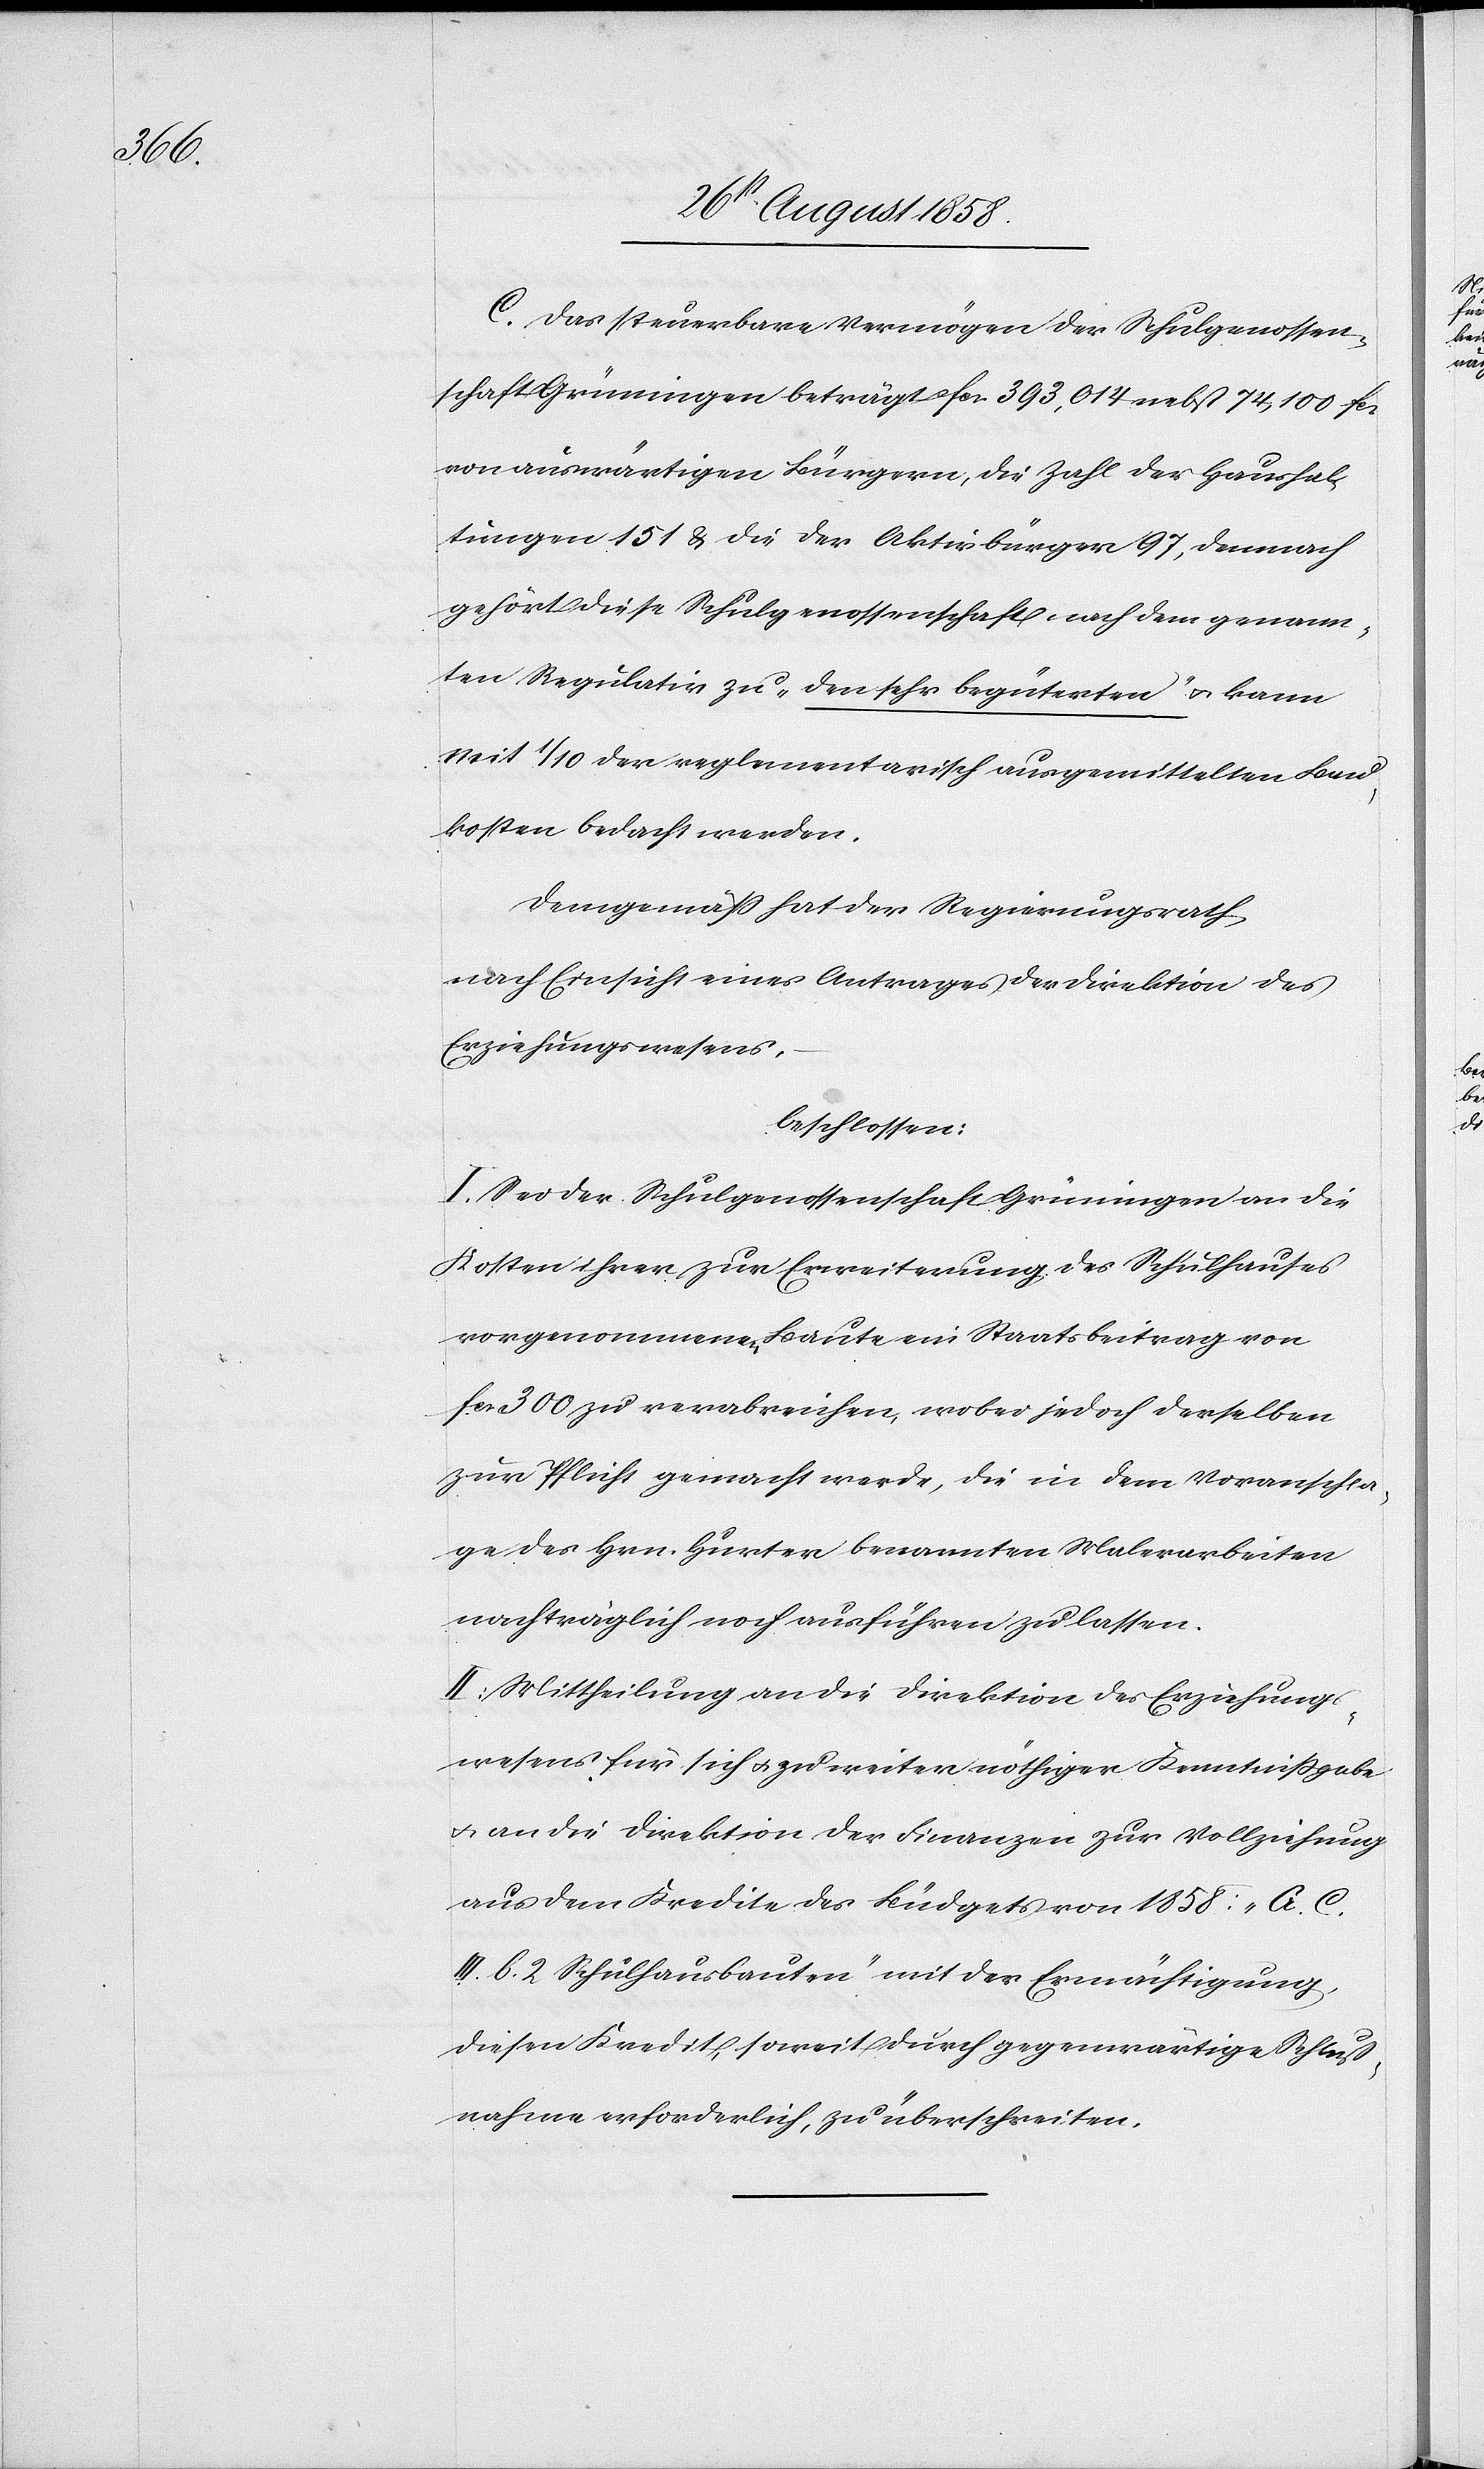
C. Das steuerbare Vermögen der Schulgenossen¬
schaft Grüningen beträgt fcs. 393,014 nebst 74,100 fcs.
von auswärtigen Bürgern, die Zahl der Haushal¬
tungen 151 & die der Aktivbürger 97, demnach
gehört diese Schulgenossenschaft nach dem genann¬
ten Regulativ zu „den sehr begüterten“ & kann
mit 1/10 der reglementarisch ausgemittelten Bau¬
kosten bedacht werden.
Demgemäss hat der Regierungsrath
nach Einsicht eines Antrages der Direktion des
Erziehungswesens,
beschlossen:
I. Sei der Schulgenossenschaft Grüningen an die
Kosten ihrer zur Erweiterung des Schulhauses
vorgenommenen Baute ein Staatsbeitrag von
fcs. 300 zu verabreichen, wobei jedoch derselben
zur Pflicht gemacht werde, die in dem Voranschla¬
ge des Hrn. Hurter benannten Malerarbeiten
nachträglich noch ausführen zu lassen.
II. Mittheilung an die Direktion des Erziehungs¬
wesens für sich & zu weiter nöthiger Kenntnissgabe
& an die Direktion der Finanzen zur Vollziehung
aus dem Kredite des Büdgets von 1858: „G. C.
III. b. 2 Schulhausbauten“ mit der Ermächtigung,
diesen Kredit, soweit durch gegenwärtige Schluß¬
nahme erforderlich, zu überschreiten.